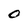
Character: O